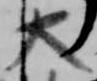
大